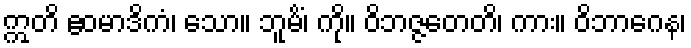
ဣတိ ဧဝမာဒိကံ၊ သော။ ဘူမိံ၊ ကို။ ဝိဘဇ္ဇတေတိ၊ ကား။ ဝိဘာဂေန၊